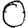
Digit: 0